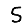
Digit: 5